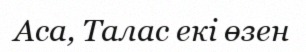
Аса, Талас екі өзен